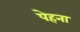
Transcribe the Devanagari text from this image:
पेहना